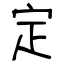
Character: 定